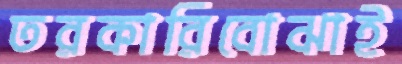
তরকারিবোঝাই